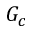
G _ { c }